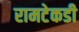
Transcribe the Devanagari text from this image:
रामटेकडी